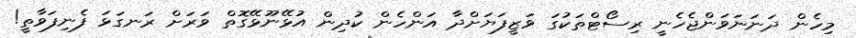
މިހެން ދަނަނަވަންޖެހެނީ ރިސޯޓްތަކުގަ ވަޒީފަޔަށްދާ އަންހެން ކުދިން އުޅޭނޫޅޭގޮތް ވަރަށް ރަނގަޅަ ފެނިފަވާތީ!